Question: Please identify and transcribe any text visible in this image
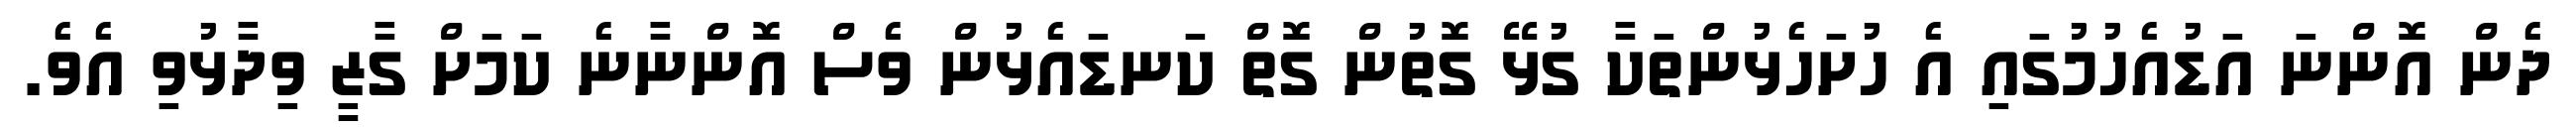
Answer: ދެން އޮންނަ އަޑުއެހުމުގައި އެ ހުށަހެޅުންތަކާ ގުޅޭ ގޮތުން ގޮތް ކަނޑައެޅުން ވެސް އޮންނާނެ ކަމަށް ގާޒީ ވިދާޅުވި އެވެ.